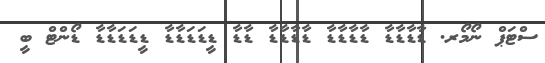
ސްޓަޕް ނޯމޯރ. ޑާޑާޑާޑާ ޑާޑާޑާޑާ ޑާޑާޑާޑާ ޑާޑާ ޑީޑަޑަޑާޑާ ޑީޑަޑަޑާޑާ ޑޯންޓް ބީ